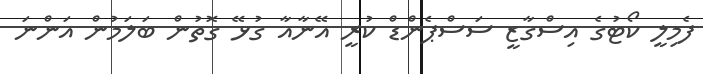
ފެމިލީ ކޯޓުގެ އިސްގާޒީ ސަސްޕެންޑް ކުރީ އޭނާއާ ގުޅޭ ގޮތުން ބަލަމުން އަންނަ